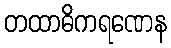
တထာဓိကရဏေန